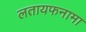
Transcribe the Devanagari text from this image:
लतायफनामा